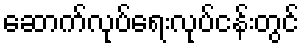
ဆောက်လုပ်ရေးလုပ်ငန်းတွင်